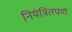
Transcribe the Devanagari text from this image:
नियंत्रितपणे